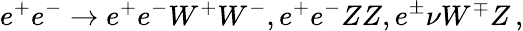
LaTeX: e^{+}e^{-}\to e^{+}e^{-}W^{+}W^{-},e^{+}e^{-}ZZ,e^{\pm}\nu W^{\mp}Z\, ,